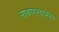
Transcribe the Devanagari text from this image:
नाकारल्यानंतर